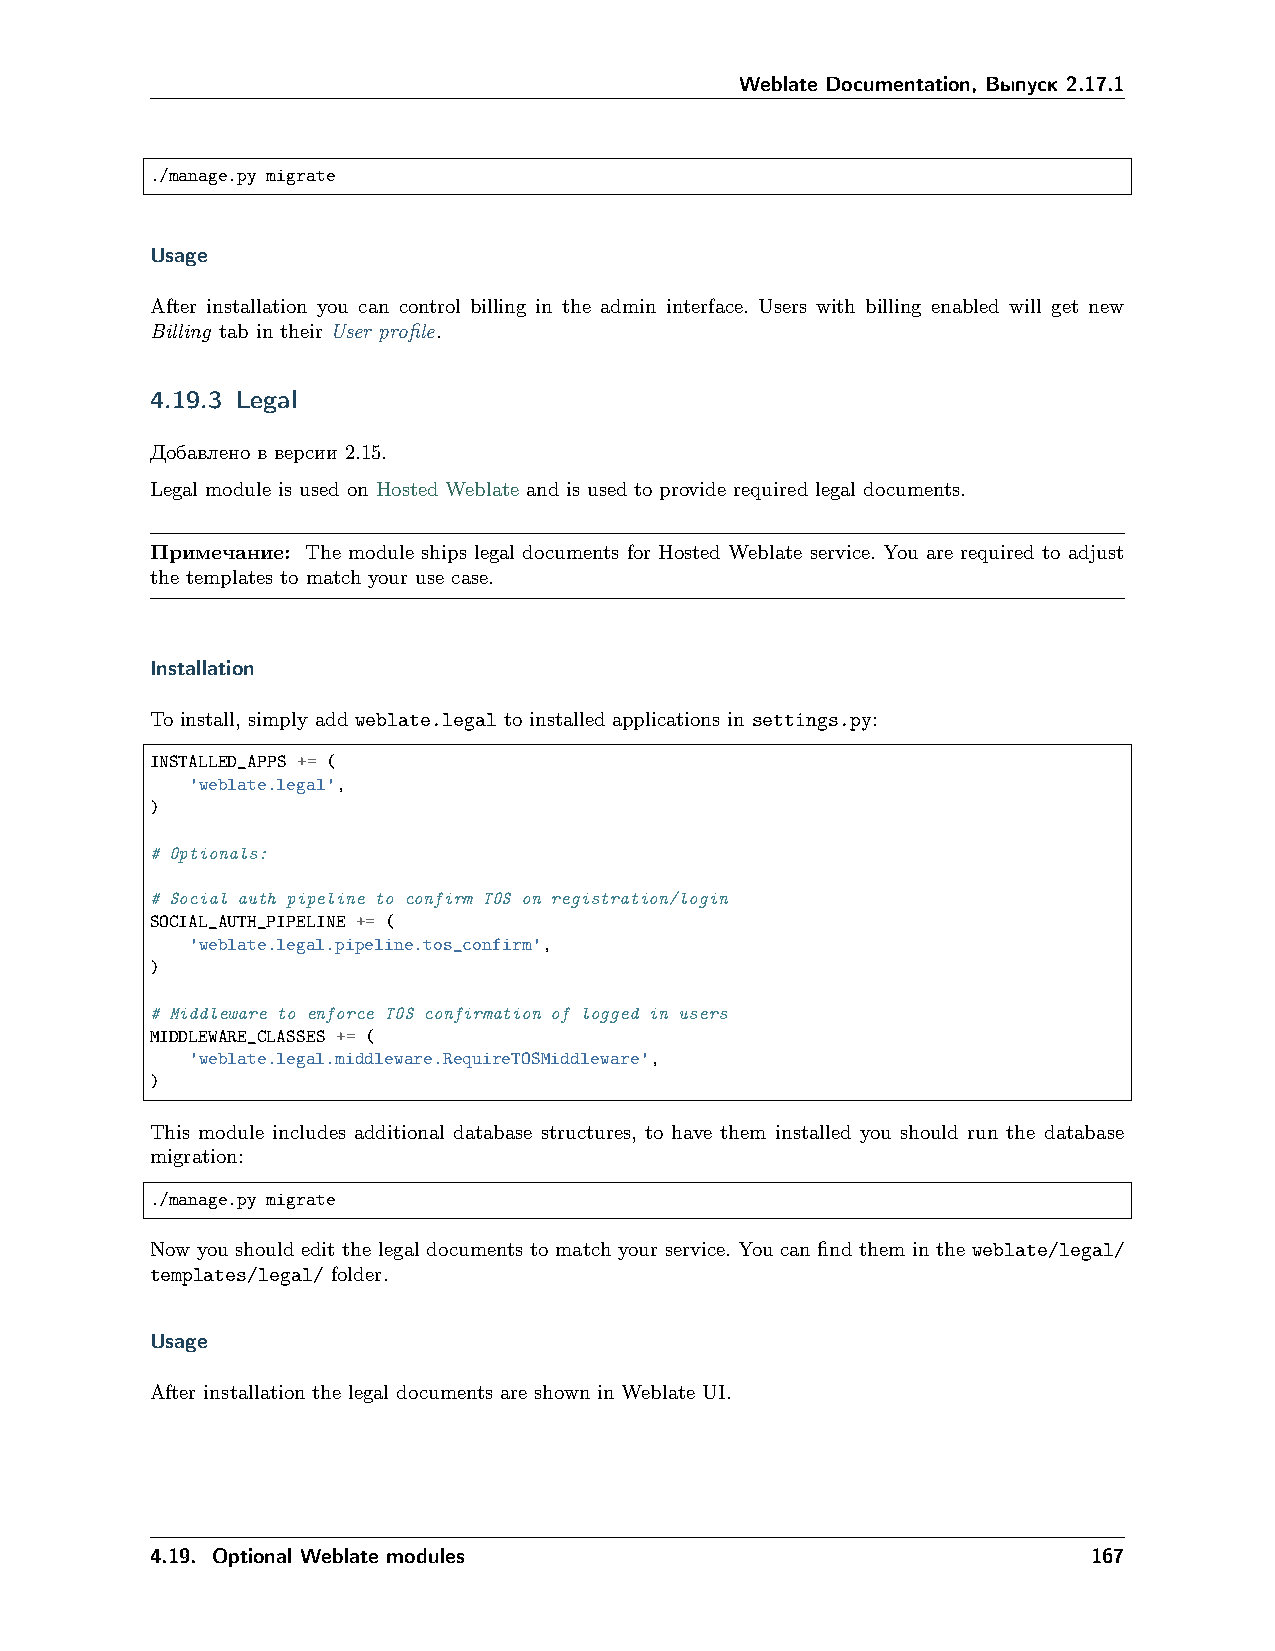
Weblate Documentation, Выпуск 2.17.1
 ./manage.py migrate
 Usage
 After installation you can control billing in the admin interface. Users with billing enabled will get new
 Billing tab in their User profile.
 4.19.3 Legal
 Добавлено в версии 2.15.
 Legal module is used on Hosted Weblate and is used to provide required legal documents.
 Примечание: The module ships legal documents for Hosted Weblate service. You are required to adjust
 the templates to match your use case.
 Installation
 To install, simply add weblate.legal to installed applications in settings.py:
 INSTALLED_APPS += (
 'weblate.legal',
 )
 # Optionals:
 # Social auth pipeline to confirm TOS on registration/login
 SOCIAL_AUTH_PIPELINE += (
 'weblate.legal.pipeline.tos_confirm',
 )
 # Middleware to enforce TOS confirmation of logged in users
 MIDDLEWARE_CLASSES += (
 'weblate.legal.middleware.RequireTOSMiddleware',
 )
 This module includes additional database structures, to have them installed you should run the database
 migration:
 ./manage.py migrate
 Now you should edit the legal documents to match your service. You can find them in the weblate/legal/
 templates/legal/ folder.
 Usage
 After installation the legal documents are shown in Weblate UI.
 4.19. Optional Weblate modules                                167